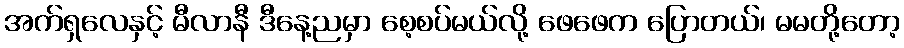
အက်ရှလေနှင့် မီလာနီ ဒီနေ့ညမှာ စေ့စပ်မယ်လို့ ဖေဖေက ပြောတယ်၊ မမတို့တော့